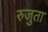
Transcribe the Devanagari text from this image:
रुजुता